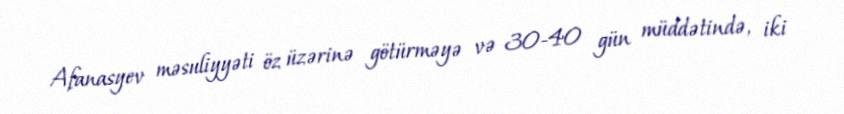
Afanasyev məsuliyyəti öz üzərinə götürməyə və 30-40 gün müddətində, iki